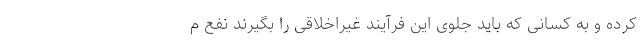
کرده و به کسانی که باید جلوی این فرآیند غیراخلاقی را بگیرند نفع م